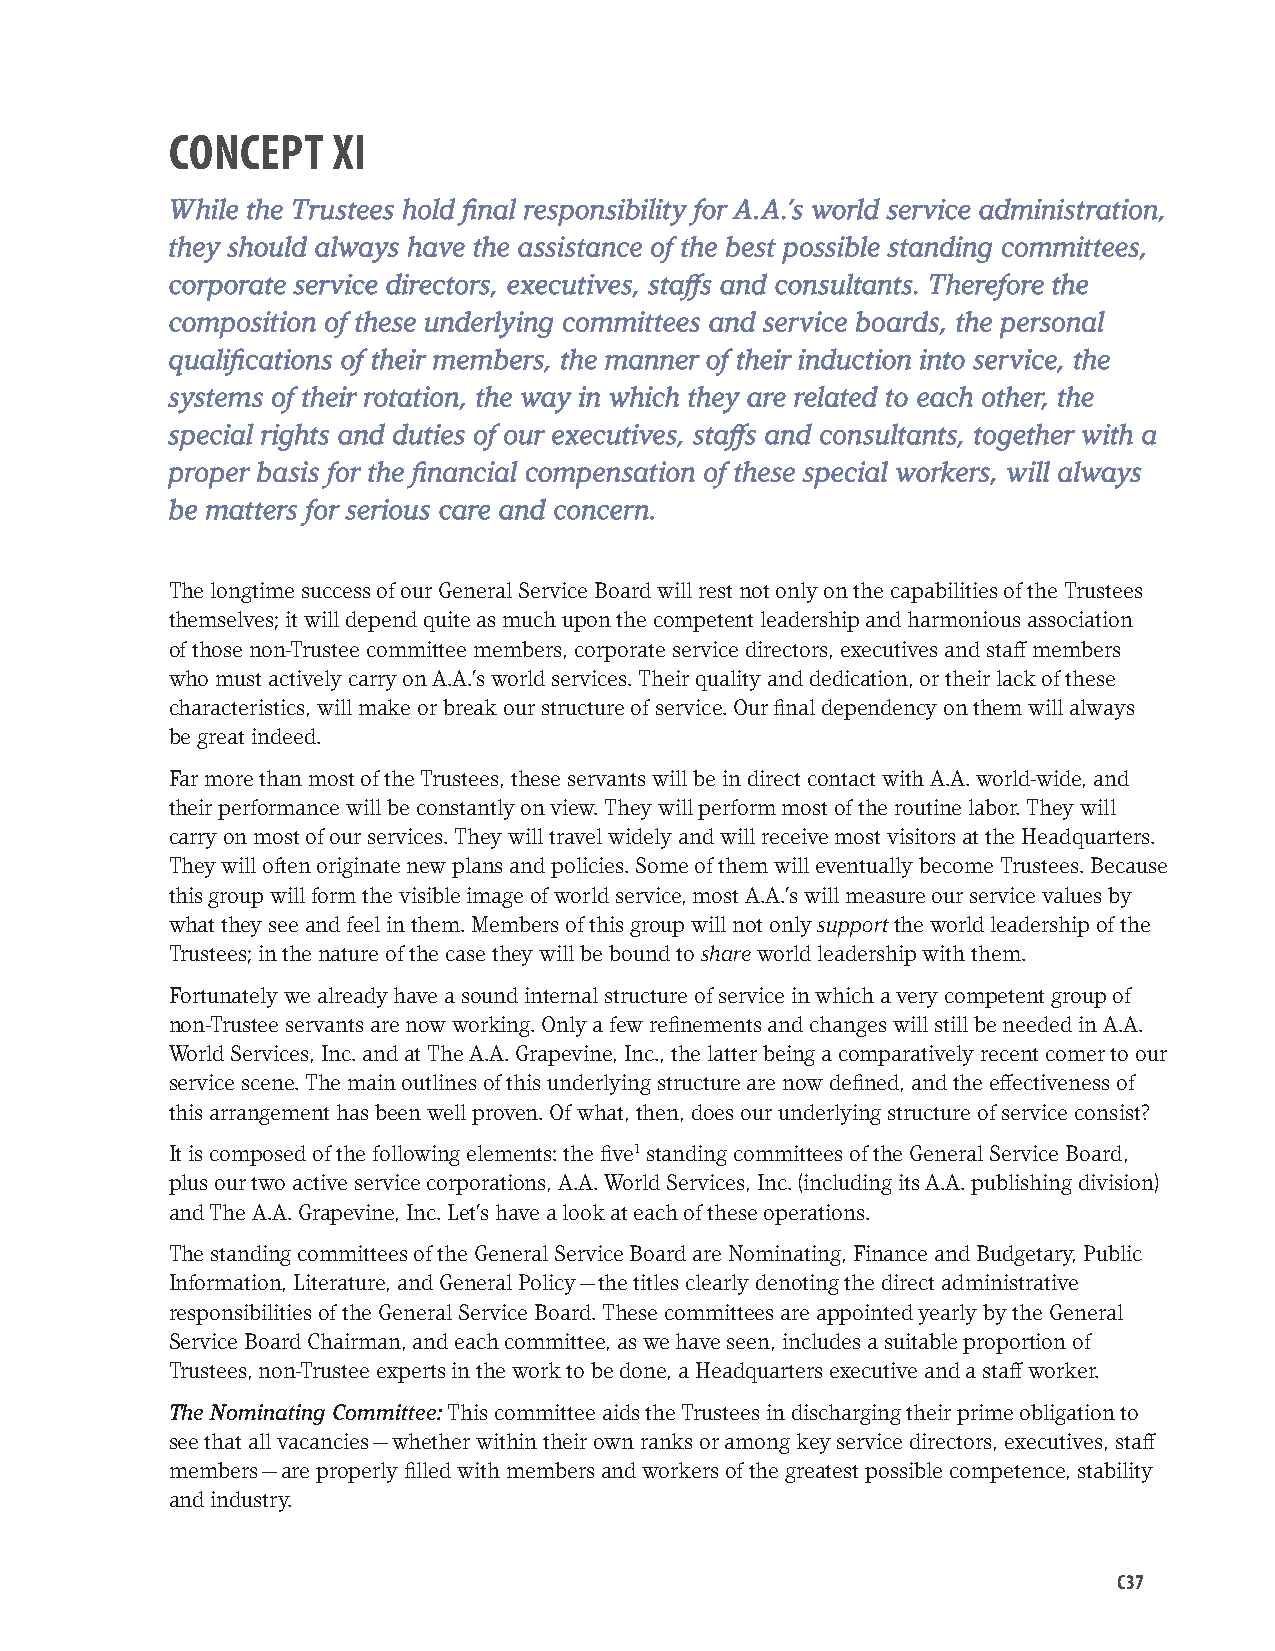
CONCEPT    XI
 While the Trustees hold final responsibility for A.A.’s world service administration,
 they should always have the assistance of the best possible standing committees,
 corporate service directors, executives, staffs and consultants. Therefore the
 composition of these underlying committees and service boards, the personal
 qualifications of their members, the manner of their induction into service, the
 systems of their rotation, the way in which they are related to each other, the
 special rights and duties of our executives, staffs and consultants, together with a
 proper basis for the financial compensation of these special workers, will always
 be matters for serious care and concern.
 The longtime success of our General Service Board will rest not only on the capabilities of the Trustees
 themselves; it will depend quite as much upon the competent leadership and harmonious association
 of those non-Trustee committee members, corporate service directors, executives and staff members
 who must actively carry on A.A.’s world services. Their quality and dedication, or their lack of these
 characteristics, will make or break our structure of service. Our final dependency on them will always
 be great indeed.
 Far more than most of the Trustees, these servants will be in direct contact with A.A. world-wide, and
 their performance will be constantly on view. They will perform most of the routine labor. They will
 carry on most of our services. They will travel widely and will receive most visitors at the Headquarters.
 They will often originate new plans and policies. Some of them will eventually become Trustees. Because
 this group will form the visible image of world service, most A.A.’s will measure our service values by
 what they see and feel in them. Members of this group will not only support the world leadership of the
 Trustees; in the nature of the case they will be bound to share world leadership with them.
 Fortunately we already have a sound internal structure of service in which a very competent group of
 non-Trustee servants are now working. Only a few refinements and changes will still be needed in A.A.
 World Services, Inc. and at The A.A. Grapevine, Inc., the latter being a comparatively recent comer to our
 service scene. The main outlines of this underlying structure are now defined, and the effectiveness of
 this arrangement has been well proven. Of what, then, does our underlying structure of service consist?
 It is composed of the following elements: the five1 standing committees of the General Service Board,
 plus our two active service corporations, A.A. World Services, Inc. (including its A.A. publishing division)
 and The A.A. Grapevine, Inc. Let’s have a look at each of these operations.
 The standing committees of the General Service Board are Nominating, Finance and Budgetary, Public
 Information, Literature, and General Policy — the titles clearly denoting the direct administrative
 responsibilities of the General Service Board. These committees are appointed yearly by the General
 Service Board Chairman, and each committee, as we have seen, includes a suitable proportion of
 Trustees, non-Trustee experts in the work to be done, a Headquarters executive and a staff worker.
 The Nominating Committee: This committee aids the Trustees in discharging their prime obligation to
 see that all vacancies — whether within their own ranks or among key service directors, executives, staff
 members — are properly filled with members and workers of the greatest possible competence, stability
 and industry.
 C37